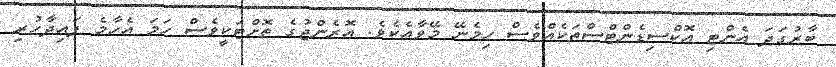
ބާރުގަދަ އެންޓި އޮކްސިޑެންޓްސްތަކެއްވެސް ހިމެނޭ މޭވާއެކެވެ. އޮރެންޖުގެ ތޮށްޓަކީވެސް ހަމަ އެހާމެ ފައިދާހުރި